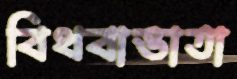
বিধবাভাতা